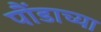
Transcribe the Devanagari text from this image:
पौंडाच्या